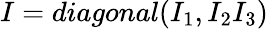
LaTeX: I=diagonal(I_{1},I_{2}I_{3})